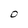
Character: 0